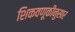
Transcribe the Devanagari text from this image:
शिकवणूकीनुसार